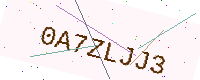
Text: 0A7ZLJJ3